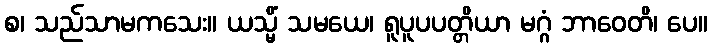
စ၊ သည်သာမကသေး။ ယသ္မိံ သမယေ၊ ရူပူပပတ္တိယာ မဂ္ဂံ ဘာဝေတိ၊ ပေ။